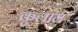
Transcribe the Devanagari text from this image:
कुलाम